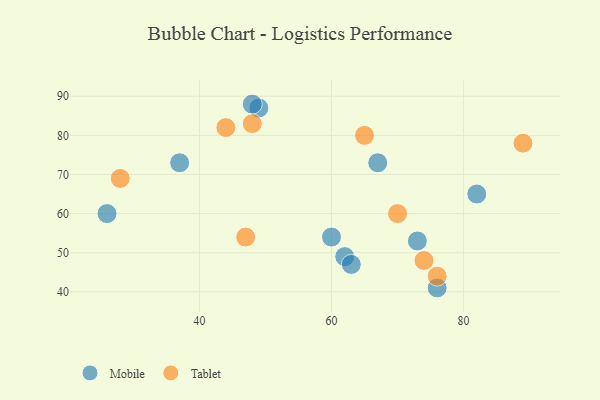
{"axis": {"x": "GDP", "y": "Life Expectancy"}, "legend": ["Mobile", "Tablet"], "data": [{"x": "67", "y": 73, "type": "Mobile"}, {"x": "37", "y": 73, "type": "Mobile"}, {"x": "49", "y": 87, "type": "Mobile"}, {"x": "76", "y": 41, "type": "Mobile"}, {"x": "48", "y": 88, "type": "Mobile"}, {"x": "62", "y": 49, "type": "Mobile"}, {"x": "60", "y": 54, "type": "Mobile"}, {"x": "73", "y": 53, "type": "Mobile"}, {"x": "63", "y": 47, "type": "Mobile"}, {"x": "82", "y": 65, "type": "Mobile"}, {"x": "26", "y": 60, "type": "Mobile"}, {"x": "28", "y": 69, "type": "Tablet"}, {"x": "44", "y": 82, "type": "Tablet"}, {"x": "47", "y": 54, "type": "Tablet"}, {"x": "74", "y": 48, "type": "Tablet"}, {"x": "70", "y": 60, "type": "Tablet"}, {"x": "48", "y": 83, "type": "Tablet"}, {"x": "89", "y": 78, "type": "Tablet"}, {"x": "76", "y": 44, "type": "Tablet"}, {"x": "65", "y": 80, "type": "Tablet"}]}